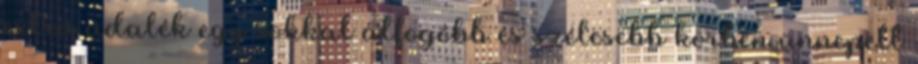
extra adalék egy sokkal átfogóbb és szélesebb körben ünnepelt